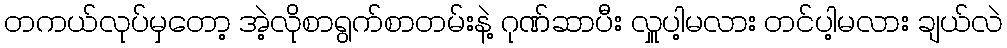
တကယ်လုပ်မှတော့ အဲ့လိုစာရွက်စာတမ်းနဲ့ ဂုဏ်ဆာပီး လှူပါ့မလား တင်ပါ့မလား ချယ်လဲ